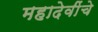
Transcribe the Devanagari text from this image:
महादेवींचे